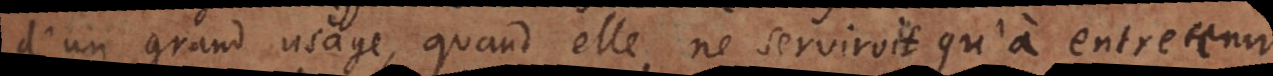
d’un grand usage, quand elle ne serviroit qu’à entretenir